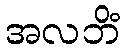
အလဘိံ